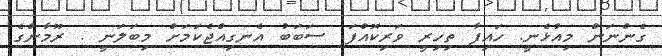
ގެންނަން މިއުޅެނީ. ހައިފާ ތިހިރީ ވަރިކޮއްފަ. ސަބަބު އެނގިއްޖެކަމަށް މިބަލަނީ . ރޫމާންގެ